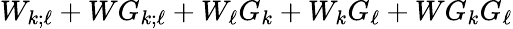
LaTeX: W_{k;\ell}+WG_{k;\ell}+W_{\ell}G_{k}+W_{k}G_{\ell}+WG_{k}G_{\ell}